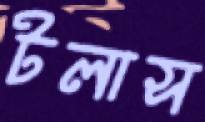
টলাস